Report on enteric fever
Disease focus: Fever
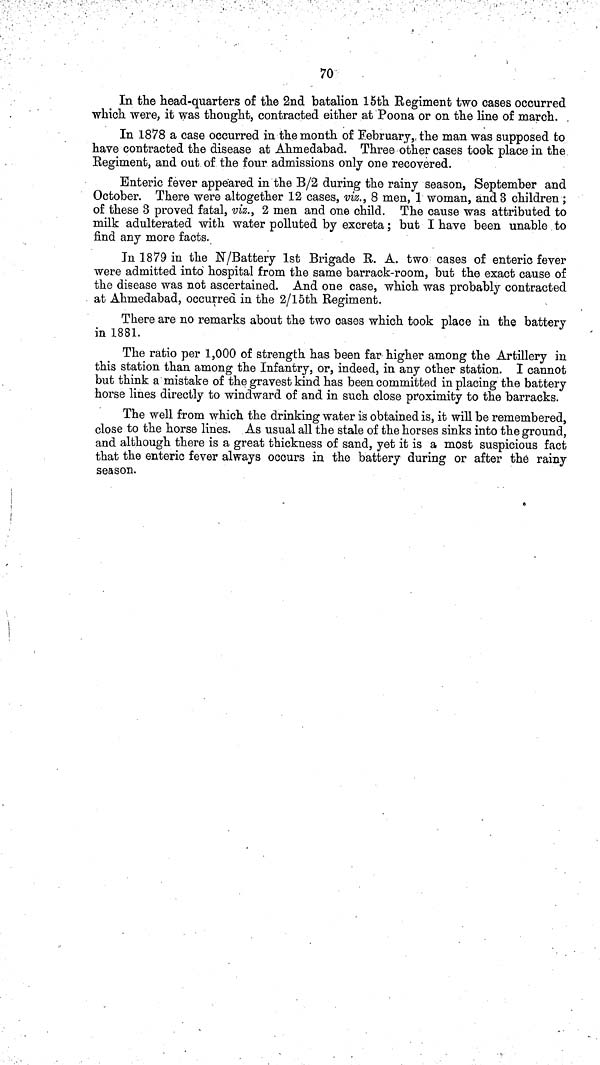
70
In the head quarters of the 2nd batalion 15th Regiment two cases occurred
which were, it was thought, contracted either at Poona or on the line of march.
In 1878 a case occurred in the month of February, the man was supposed to
have contracted the disease at Ahmedabad. Three other cases took place in the
Regiment, and out of the four admissions only one recovered.
Enteric fever appeared in the B/2 during the rainy season, September and
October. There were altogether 12 cases, viz., 8 men, 1 woman, and 3 children;
of these 3 proved fatal, viz., 2 men and one child. The cause was attributed to
milk adulterated with water polluted by excreta; but I have been unable to
find any more facts.
In 1879 in the N/Battery 1st Brigade R. A. two cases of enteric fever
were admitted into hospital from the same barrack room, but the exact cause of
the disease was not ascertained. And one case, which was probably contracted
at Ahmedabad, occurred in the 2/15th Regiment.
There are no remarks about the two cases which took place in the battery
in 1881.
The ratio per 1,000 of strength has been far higher among the Artillery in
this station than among the Infantry, or, indeed, in any other station. I cannot
but think a mistake of the gravest kind has been committed in placing the battery
horse lines directly to windward of and in such close proximity to the barracks.
The well from which the drinking water is obtained is, it will be remembered,
close to the horse lines. As usual all the stale of the horses sinks into the ground,
and although there is a great thickness of sand, yet it is a most suspicious fact
that the enteric fever always occurs in the battery during or after the rainy
season.